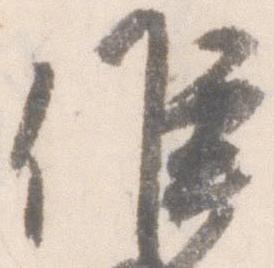
候